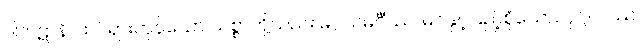
ပါကဋာနိ၊ ထင်ရှားကုန်သော သစ္စာတို့သည်။ မဂ္ဂသမင်္ဂီဿ၊ မဂ်နှင့်ပြည့်စုံသော။ ပုဂ္ဂလဿ၊